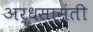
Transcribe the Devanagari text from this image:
अर्धसामंती